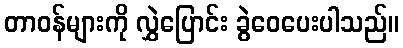
တာဝန်များကို လွှဲပြောင်း ခွဲဝေပေးပါသည်။